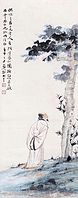
西望雷塘何处是？香魂零落使人愁，淡烟芳草旧迷楼。